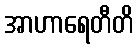
အာဟာရေတီတိ